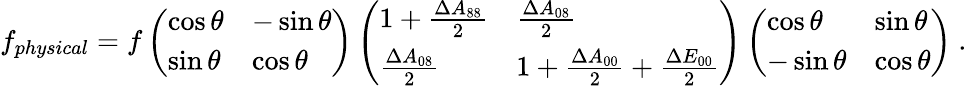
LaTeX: f_{physical}=f\left(\begin{array}{ll}{{\cos\theta}}&{{-\sin\theta}}\\ {{\sin\theta}}&{{\cos\theta}}\end{array}\right)\left(\begin{array}{ll}{{1+{\frac{\Delta A_{88}}{2}}}}&{{{\frac{\Delta A_{08}}{2}}}}\\ {{{\frac{\Delta A_{08}}{2}}}}&{{1+{\frac{\Delta A_{00}}{2}}+{\frac{\Delta E_{00}}{2}}}}\end{array}\right)\left(\begin{array}{ll}{{\cos\theta}}&{{\sin\theta}}\\ {{-\sin\theta}}&{{\cos\theta}}\end{array}\right)\ .